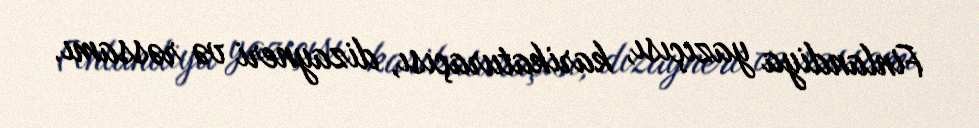
Finlandiya yazıçısı, karikaturaçısı, dizayneri və rəssamı.